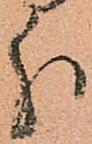
分